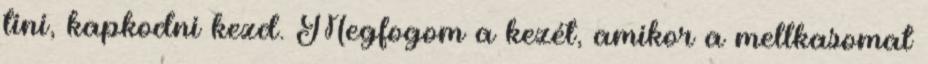
tini, kapkodni kezd. Megfogom a kezét, amikor a mellkasomat